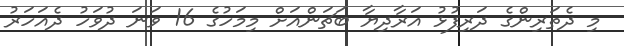
މި ދެތަރިންގެ ދަރިފުޅު އަރާދިޔާ ބަޗަންއަށް މިމަހުގެ 16 ވަނަ ދުވަހު ދެއަހަރު